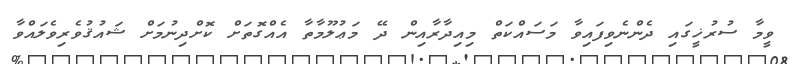
ވީމާ ސުރުޚީގައި ދެންނެވިފައިވާ މަސައްކަތް މިއިދާރާއިން ދޭ މަޢުލޫމާތާ އެއްގޮތަށް ކޮށްދިނުމަށް ޝައުޤުވެރިވެލައްވާ